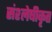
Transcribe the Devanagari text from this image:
संश्लेषीकृत